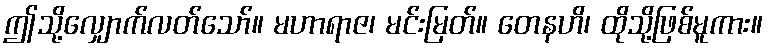
ဤသို့လျှောက်လတ်သော်။ မဟာရာဇ၊ မင်းမြတ်။ တေနဟိ၊ ထိုသို့ဖြစ်မူကား။